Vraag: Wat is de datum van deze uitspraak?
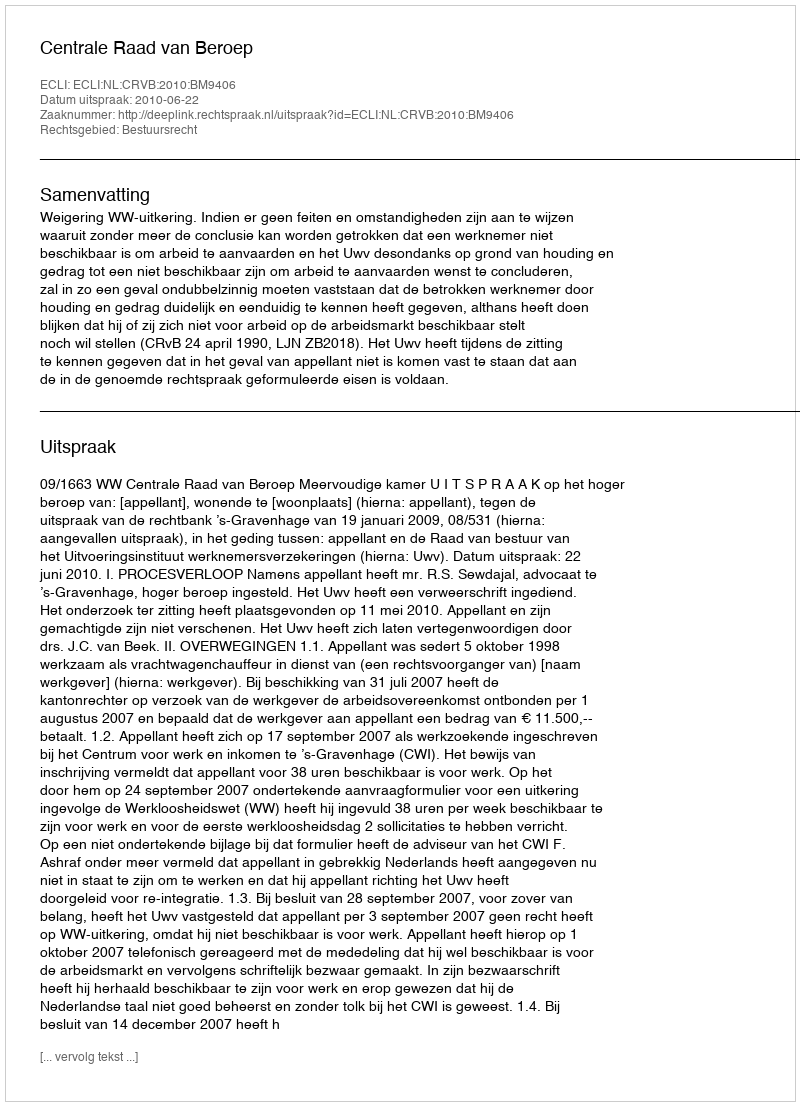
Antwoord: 2010-06-22